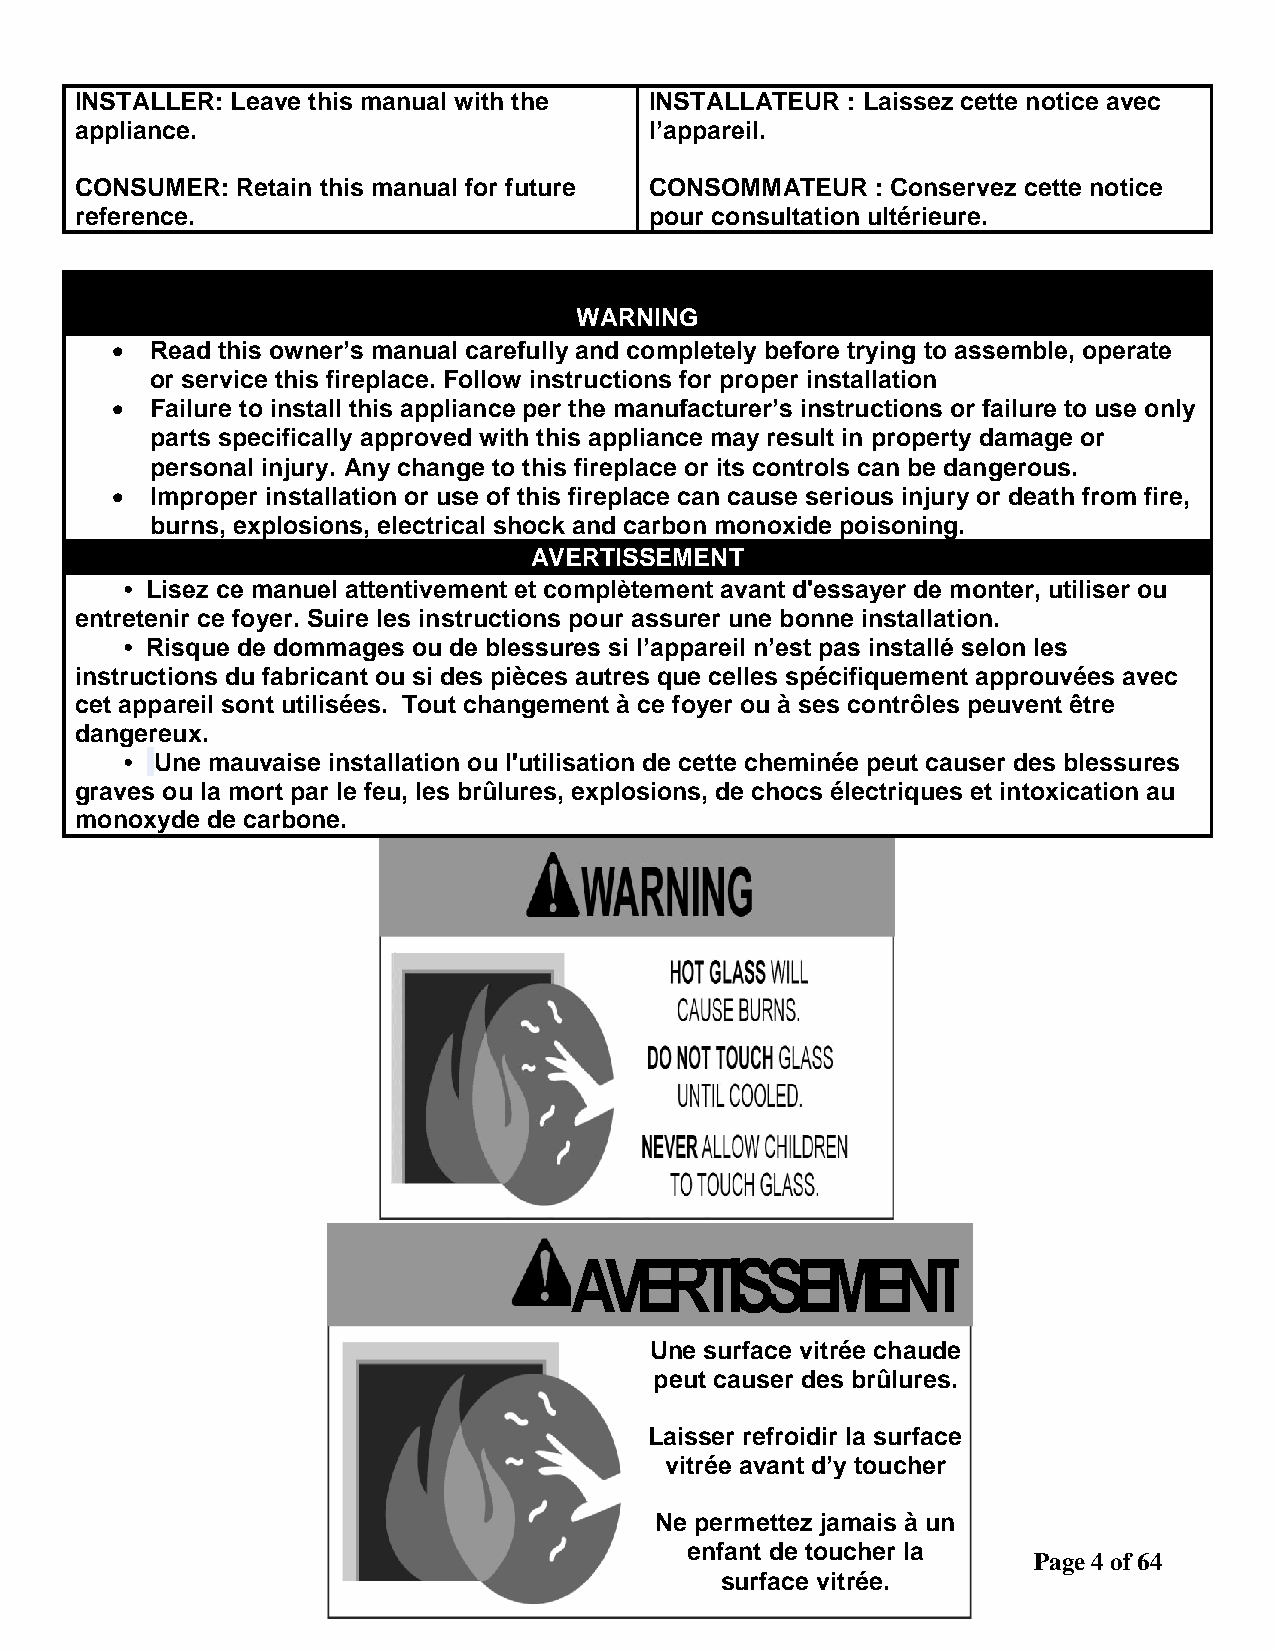
INSTALLER: Leave this manual with the INSTALLATEUR : Laissez cette notice avec
 appliance.                            l’appareil.
 CONSUMER:  Retain this manual for future CONSOMMATEUR : Conservez cette notice
 reference.                            pour consultation ultérieure.
 WARNING
   Read this owner’s manual carefully and completely before trying to assemble, operate
 or service this fireplace. Follow instructions for proper installation
   Failure to install this appliance per the manufacturer’s instructions or failure to use only
 parts specifically approved with this appliance may result in property damage or
 personal injury. Any change to this fireplace or its controls can be dangerous.
   Improper installation or use of this fireplace can cause serious injury or death from fire,
 burns, explosions, electrical shock and carbon monoxide poisoning.
 AVERTISSEMENT
 • Lisez ce manuel attentivement et complètement avant d'essayer de monter, utiliser ou
 entretenir ce foyer. Suire les instructions pour assurer une bonne installation.
 • Risque de dommages ou de blessures si l’appareil n’est pas installé selon les
 instructions du fabricant ou si des pièces autres que celles spécifiquement approuvées avec
 cet appareil sont utilisées. Tout changement à ce foyer ou à ses contrôles peuvent être
 dangereux.
 • Une mauvaise installation ou l'utilisation de cette cheminée peut causer des blessures
 graves ou la mort par le feu, les brûlures, explosions, de chocs électriques et intoxication au
 monoxyde de carbone.
 AVERTISSEMENT
 Une surface vitrée chaude
 peut causer des brûlures.
 Laisser refroidir la surface
 vitrée avant d’y toucher
 Ne permettez jamais à un
 enfant de toucher la
 Page 4 of 64
 surface vitrée.